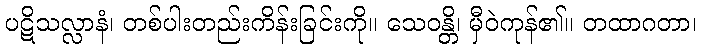
ပဋိသလ္လာနံ၊ တစ်ပါးတည်းကိန်းခြင်းကို။ သေဝန္တိ၊ မှီဝဲကုန်၏။ တထာဂတာ၊